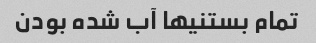
تمام بستنیها آب شده بودن